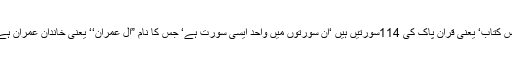
اس کتاب‘ یعنی قرآن پاک کی 114سورتیں ہیں ‘ان سورتوں میں واحد ایسی سورت ہے‘ جس کا نام ”آلِ عمران‘‘ یعنی خاندان ِعمران ہے۔